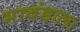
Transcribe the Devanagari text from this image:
भावंडाला